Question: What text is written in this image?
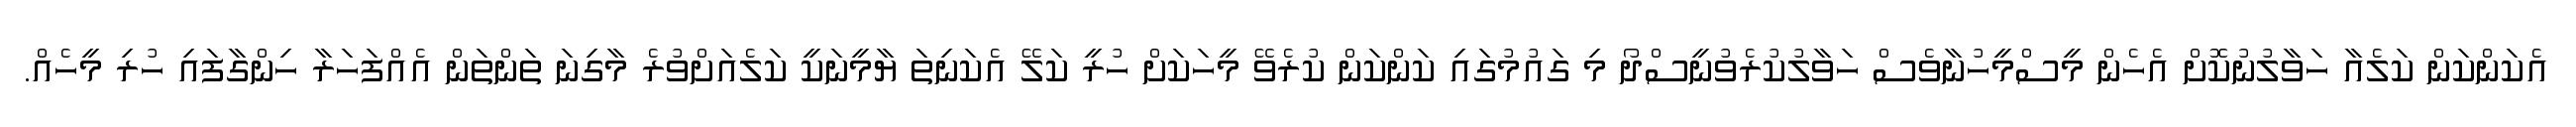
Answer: އެކަންކަން ކަލެއާ ހަވާލުނުކޮށް އެހެން މީސްމީހުނާވެސް ހަވާލުކުރެވުނީސްދޯ މި ގައުމުގައި ކަންކަން ކުރެވޭ މީހަކަށް ހުރީ ކަލޭ އެކަނިތަ ޔާމީނަކީ ކަލެއަށްވުރެ މާގިނަ ތަންތަން އެއްފަހަރާ ހިންގާފައި ހުރި މީހެއް.